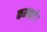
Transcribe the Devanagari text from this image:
कनफटे।